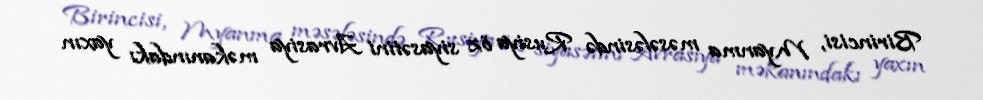
Birincisi, Myanma məsələsində Rusiya öz siyasətini Avrasiya məkanındakı yaxın